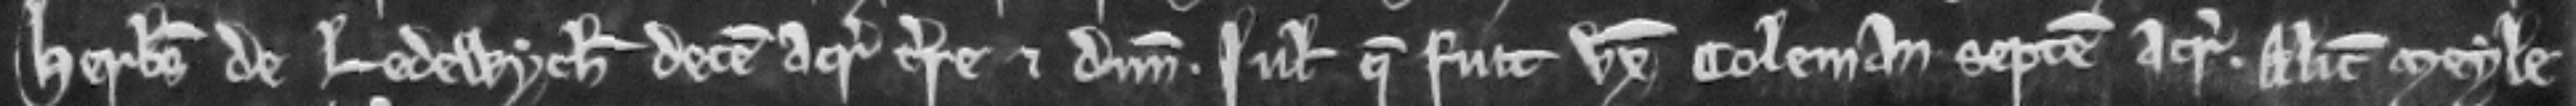
Herbertus de Ledewych decem acras terre et dimidiam. Juliana que fuit uxor Coleman septem acras. Alicia Meyle